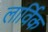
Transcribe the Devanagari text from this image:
लार्विक